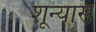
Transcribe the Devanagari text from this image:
शून्यास